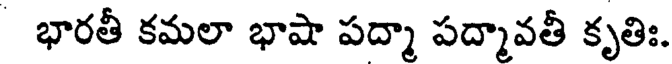
భారతీ కమలా భాషా పద్మా పద్మావతీ కృతిః.